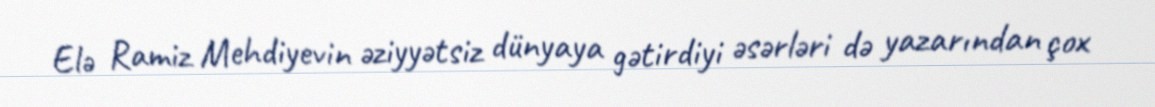
Elə Ramiz Mehdiyevin əziyyətsiz dünyaya gətirdiyi əsərləri də yazarından çox